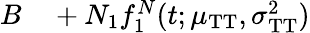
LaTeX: \begin{array}{rl}{B}&{{}+N_{1}f_{1}^{N}(t;\mu_{\mathrm{TT}},\sigma_{\mathrm{TT}}^{2})}\end{array}